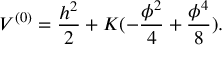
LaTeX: { \cal V } ^ { ( 0 ) } = \frac { h ^ { 2 } } { 2 } + K ( - \frac { \phi ^ { 2 } } { 4 } + \frac { \phi ^ { 4 } } { 8 } ) .